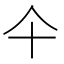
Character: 仐